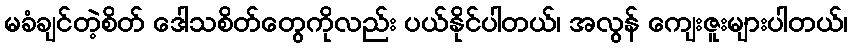
မခံချင်တဲ့စိတ် ဒေါသစိတ်တွေကိုလည်း ပယ်နိုင်ပါတယ်၊ အလွန် ကျေးဇူးများပါတယ်၊